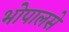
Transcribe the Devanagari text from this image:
भोपालसे